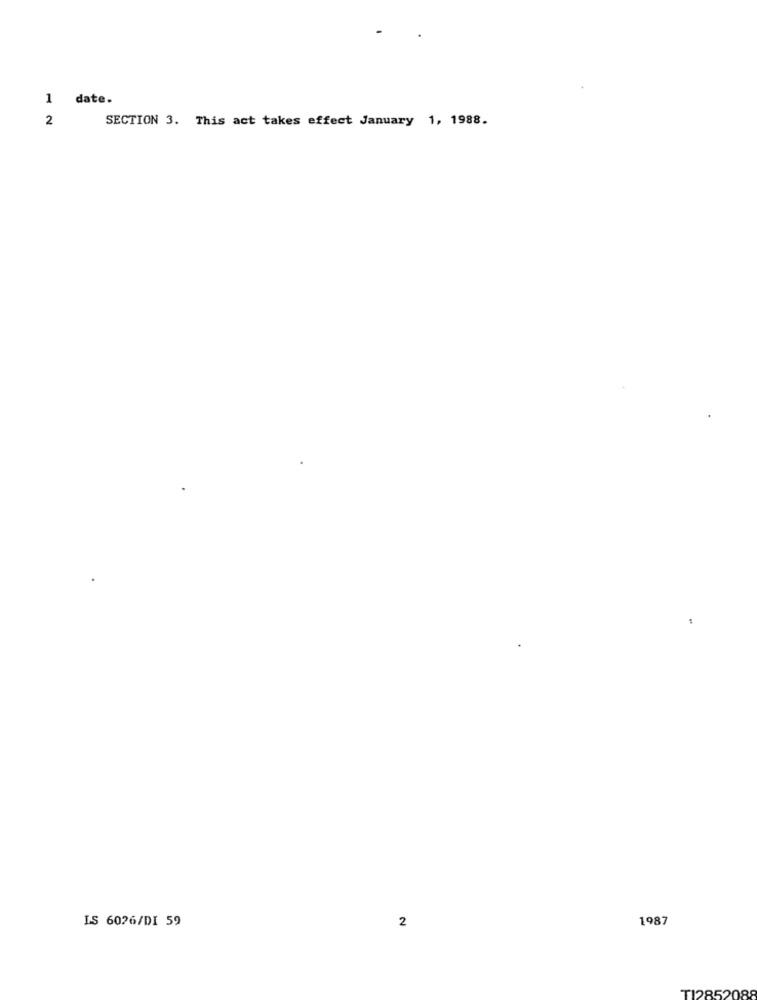
1
date.
2
SECTION 3. This act takes effect January 1, 1988.
LS 6026/DI 59
2
1987
TI28520